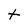
Character: t